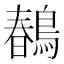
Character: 𪂹